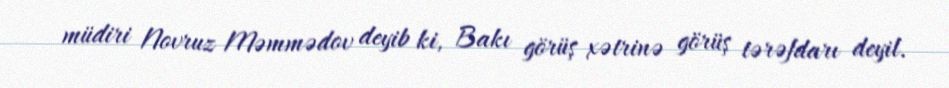
müdiri Novruz Məmmədov deyib ki, Bakı görüş xətrinə görüş tərəfdarı deyil.